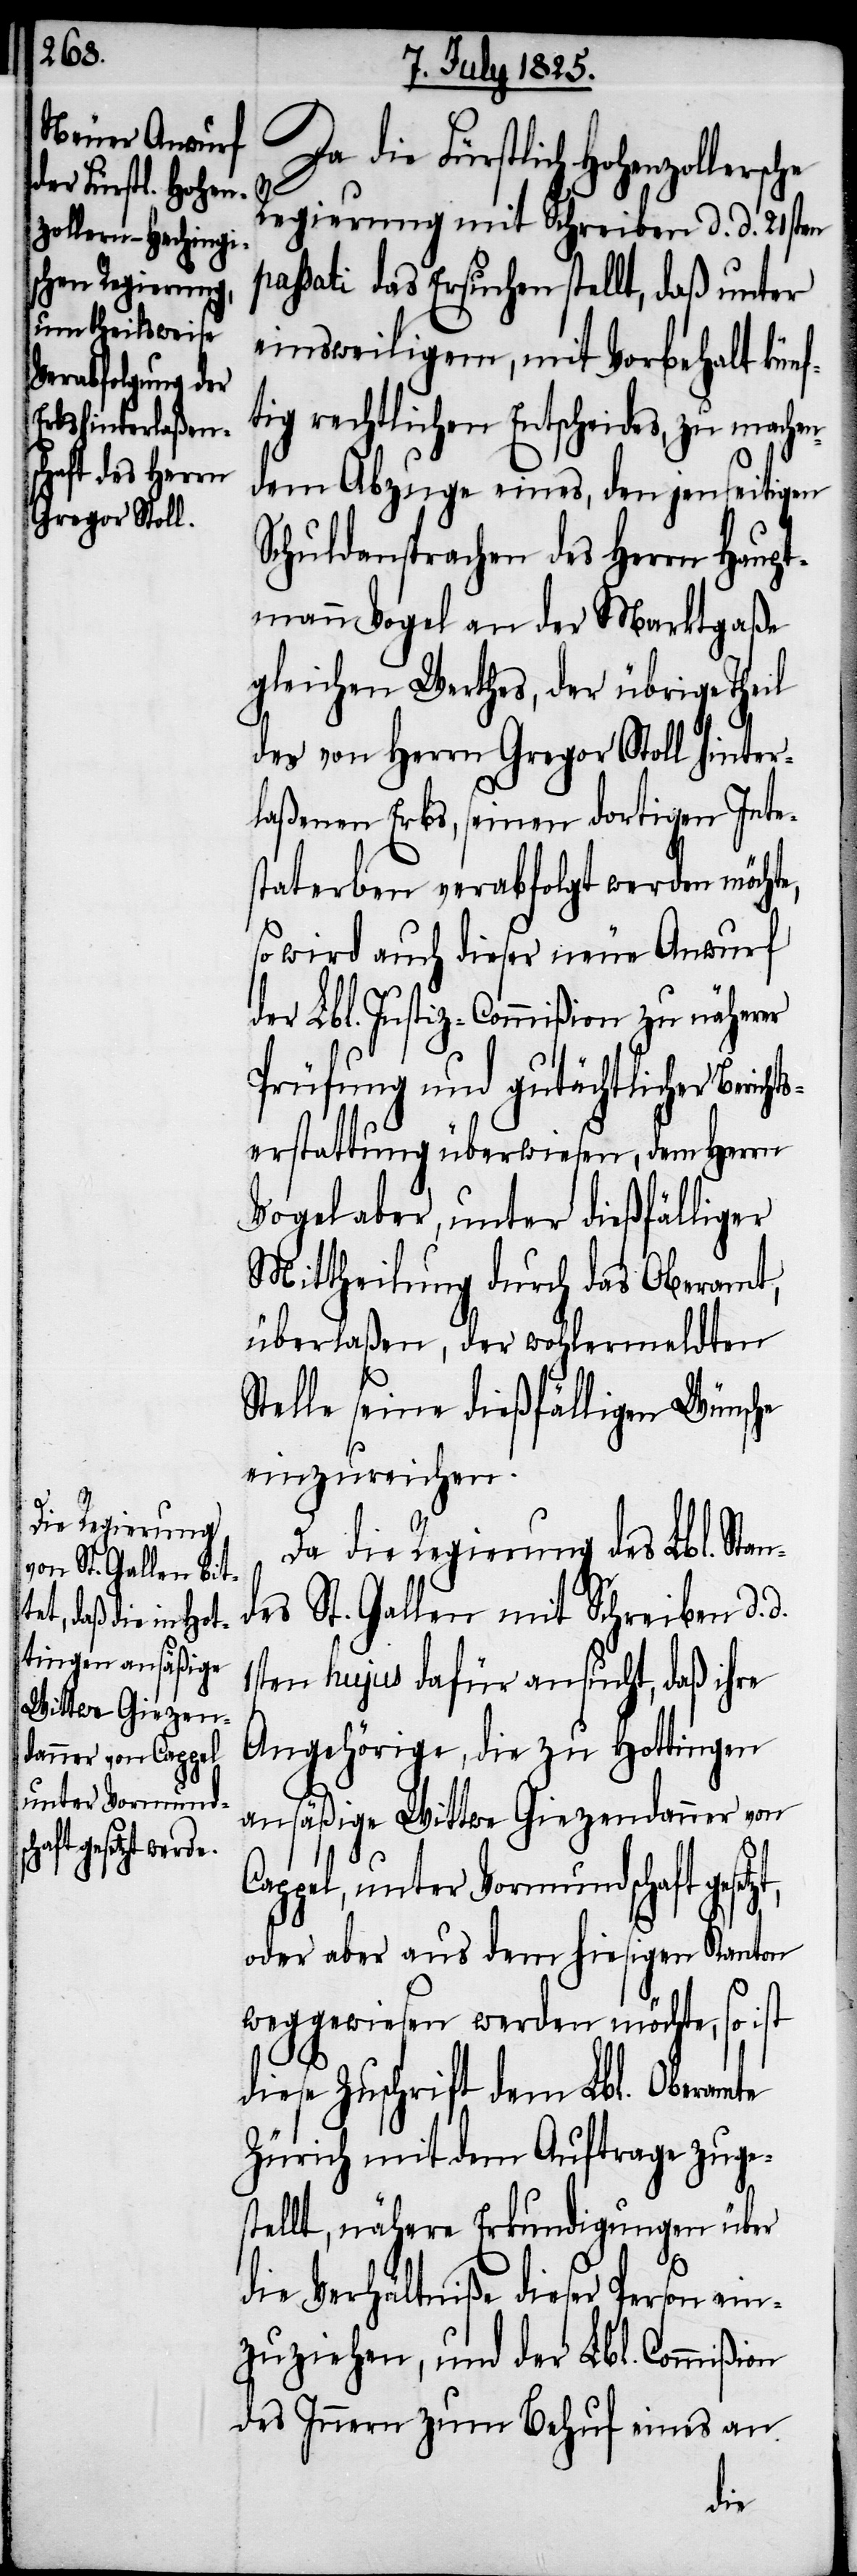
ollersche

C¬
Da die Fürstlich Hohenz¬
Regierung mit Schreiben d. d. 21sten
passati das Ersuchen stellt, daß unter
einsweiligem, mit Vorbehalt künf¬
tig rechtlichen Entscheides, zu mache¬
ndem Abzuge eines, den jenseitigen
Schuldansprachen des Herrn Haupt¬
mann Vogel an der Marktgaße
gleichen Werthes, der übrige Theil
des von Herrn Gregor Stoll hinter¬
laßenen Erbs, seinen dortigen Inte¬
staterben verabfolgt werden möchte,
so wird auch dieser neue Anwurf
der Lbl. Justiz-Commißion zu näherer
Prüfung und gutächtlicher Beric¬
erstattung überwiesen, dem Herrn
Vogel aber, unter dießfälliger
Mittheilung durch das Oberamt,
überlaßen, der wohlermeldten
Stelle seine dießfälligen Wünsche
einzureichen.
Da die Regierung des Lbl. Stan¬
des St. Gallen mit Schreiben d.
1sten hujus dafür ansucht, daß ihre
Angehörige, die zu Hottingen
ansäßige Wittwe Giezendanner von
appel, unter Vormundschaft
oder aber aus dem hiesigen Kanton
weggewiesen werden möchte, so ist
diese Zuschrift dem Lbl. Oberamte
Zürich mit dem Auftrage zuge¬
stellt, nähere Erkundigungen über
die Verhältniße dieser Person ein¬
zuziehen, und der Lbl. Commißion
des Innern zum Behuf eines an